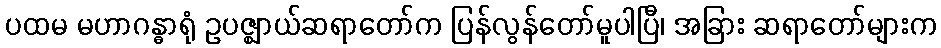
ပထမ မဟာဂန္ဓာရုံ ဥပဇ္ဈာယ်ဆရာတော်က ပြန်လွန်တော်မူပါပြီ၊ အခြား ဆရာတော်များက